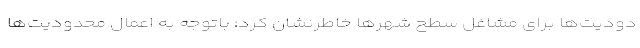
دودیت‌ها برای مشاغل سطح شهرها خاطرنشان کرد: باتوجه به اعمال محدودیت‌ها